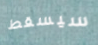
سيسقط